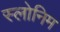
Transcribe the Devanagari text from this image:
स्लोनिम